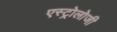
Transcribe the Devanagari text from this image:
एस्ट्रोलोजी